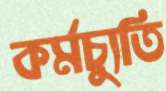
কর্মচ্যুতি